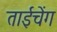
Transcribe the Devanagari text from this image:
ताईचेंग